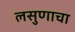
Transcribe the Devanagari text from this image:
लसुणाचा